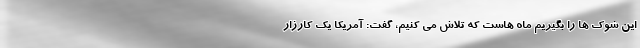
این شوک ها را بگیریم ماه هاست که تلاش می کنیم، گفت: آمریکا یک کارزار